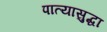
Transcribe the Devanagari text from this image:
पात्यासुद्धा